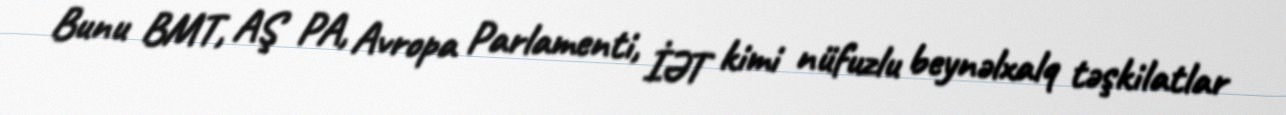
Bunu BMT, AŞ PA, Avropa Parlamenti, İƏT kimi nüfuzlu beynəlxalq təşkilatlar